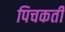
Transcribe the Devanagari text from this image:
पिचकती